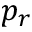
p _ { r }